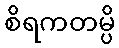
စိရကတမ္ပိ